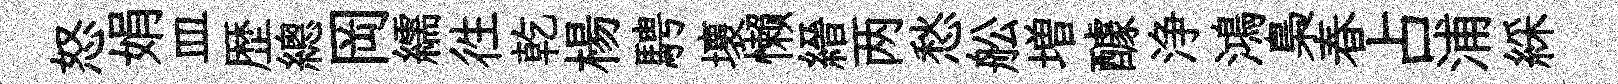
怒娟皿歴總岡繻徃乾楊騁壞懒縉两愁舩増醵浄鴻梟春占浦綵